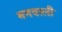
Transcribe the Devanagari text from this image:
मनवाली